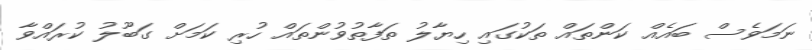
ނަމަވެސް ބައެއް ކަންތައް ތަކުގައި ހިޔާލު ތަފާތުވުންތައް ހުރި ކަމަށް ގަބޫލު ކުރައްވާ